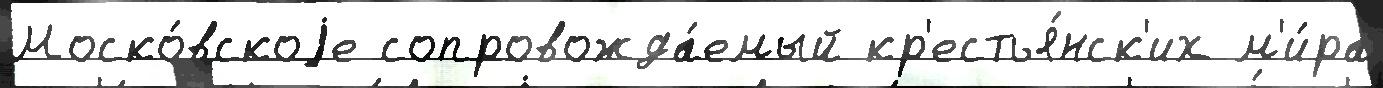
Моско́вскоjе сопровожда́емый кр'естья́нск'их м'и́ра